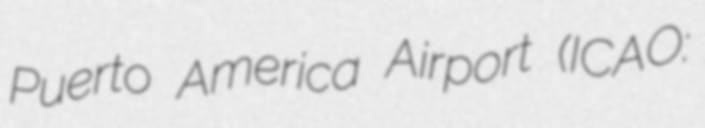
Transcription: Puerto America Airport (ICAO: